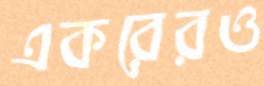
একরেরও